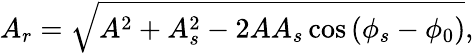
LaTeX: A_{r}=\sqrt{A^{2}+A_{s}^{2}-2AA_{s}\cos\left(\phi_{s}-\phi_{0}\right)},